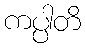
ကပ္ပါတိ